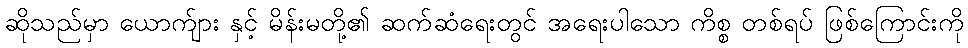
ဆိုသည်မှာ ယောက်ျား နှင့် မိန်းမတို့၏ ဆက်ဆံရေးတွင် အရေးပါသော ကိစ္စ တစ်ရပ် ဖြစ်ကြောင်းကို